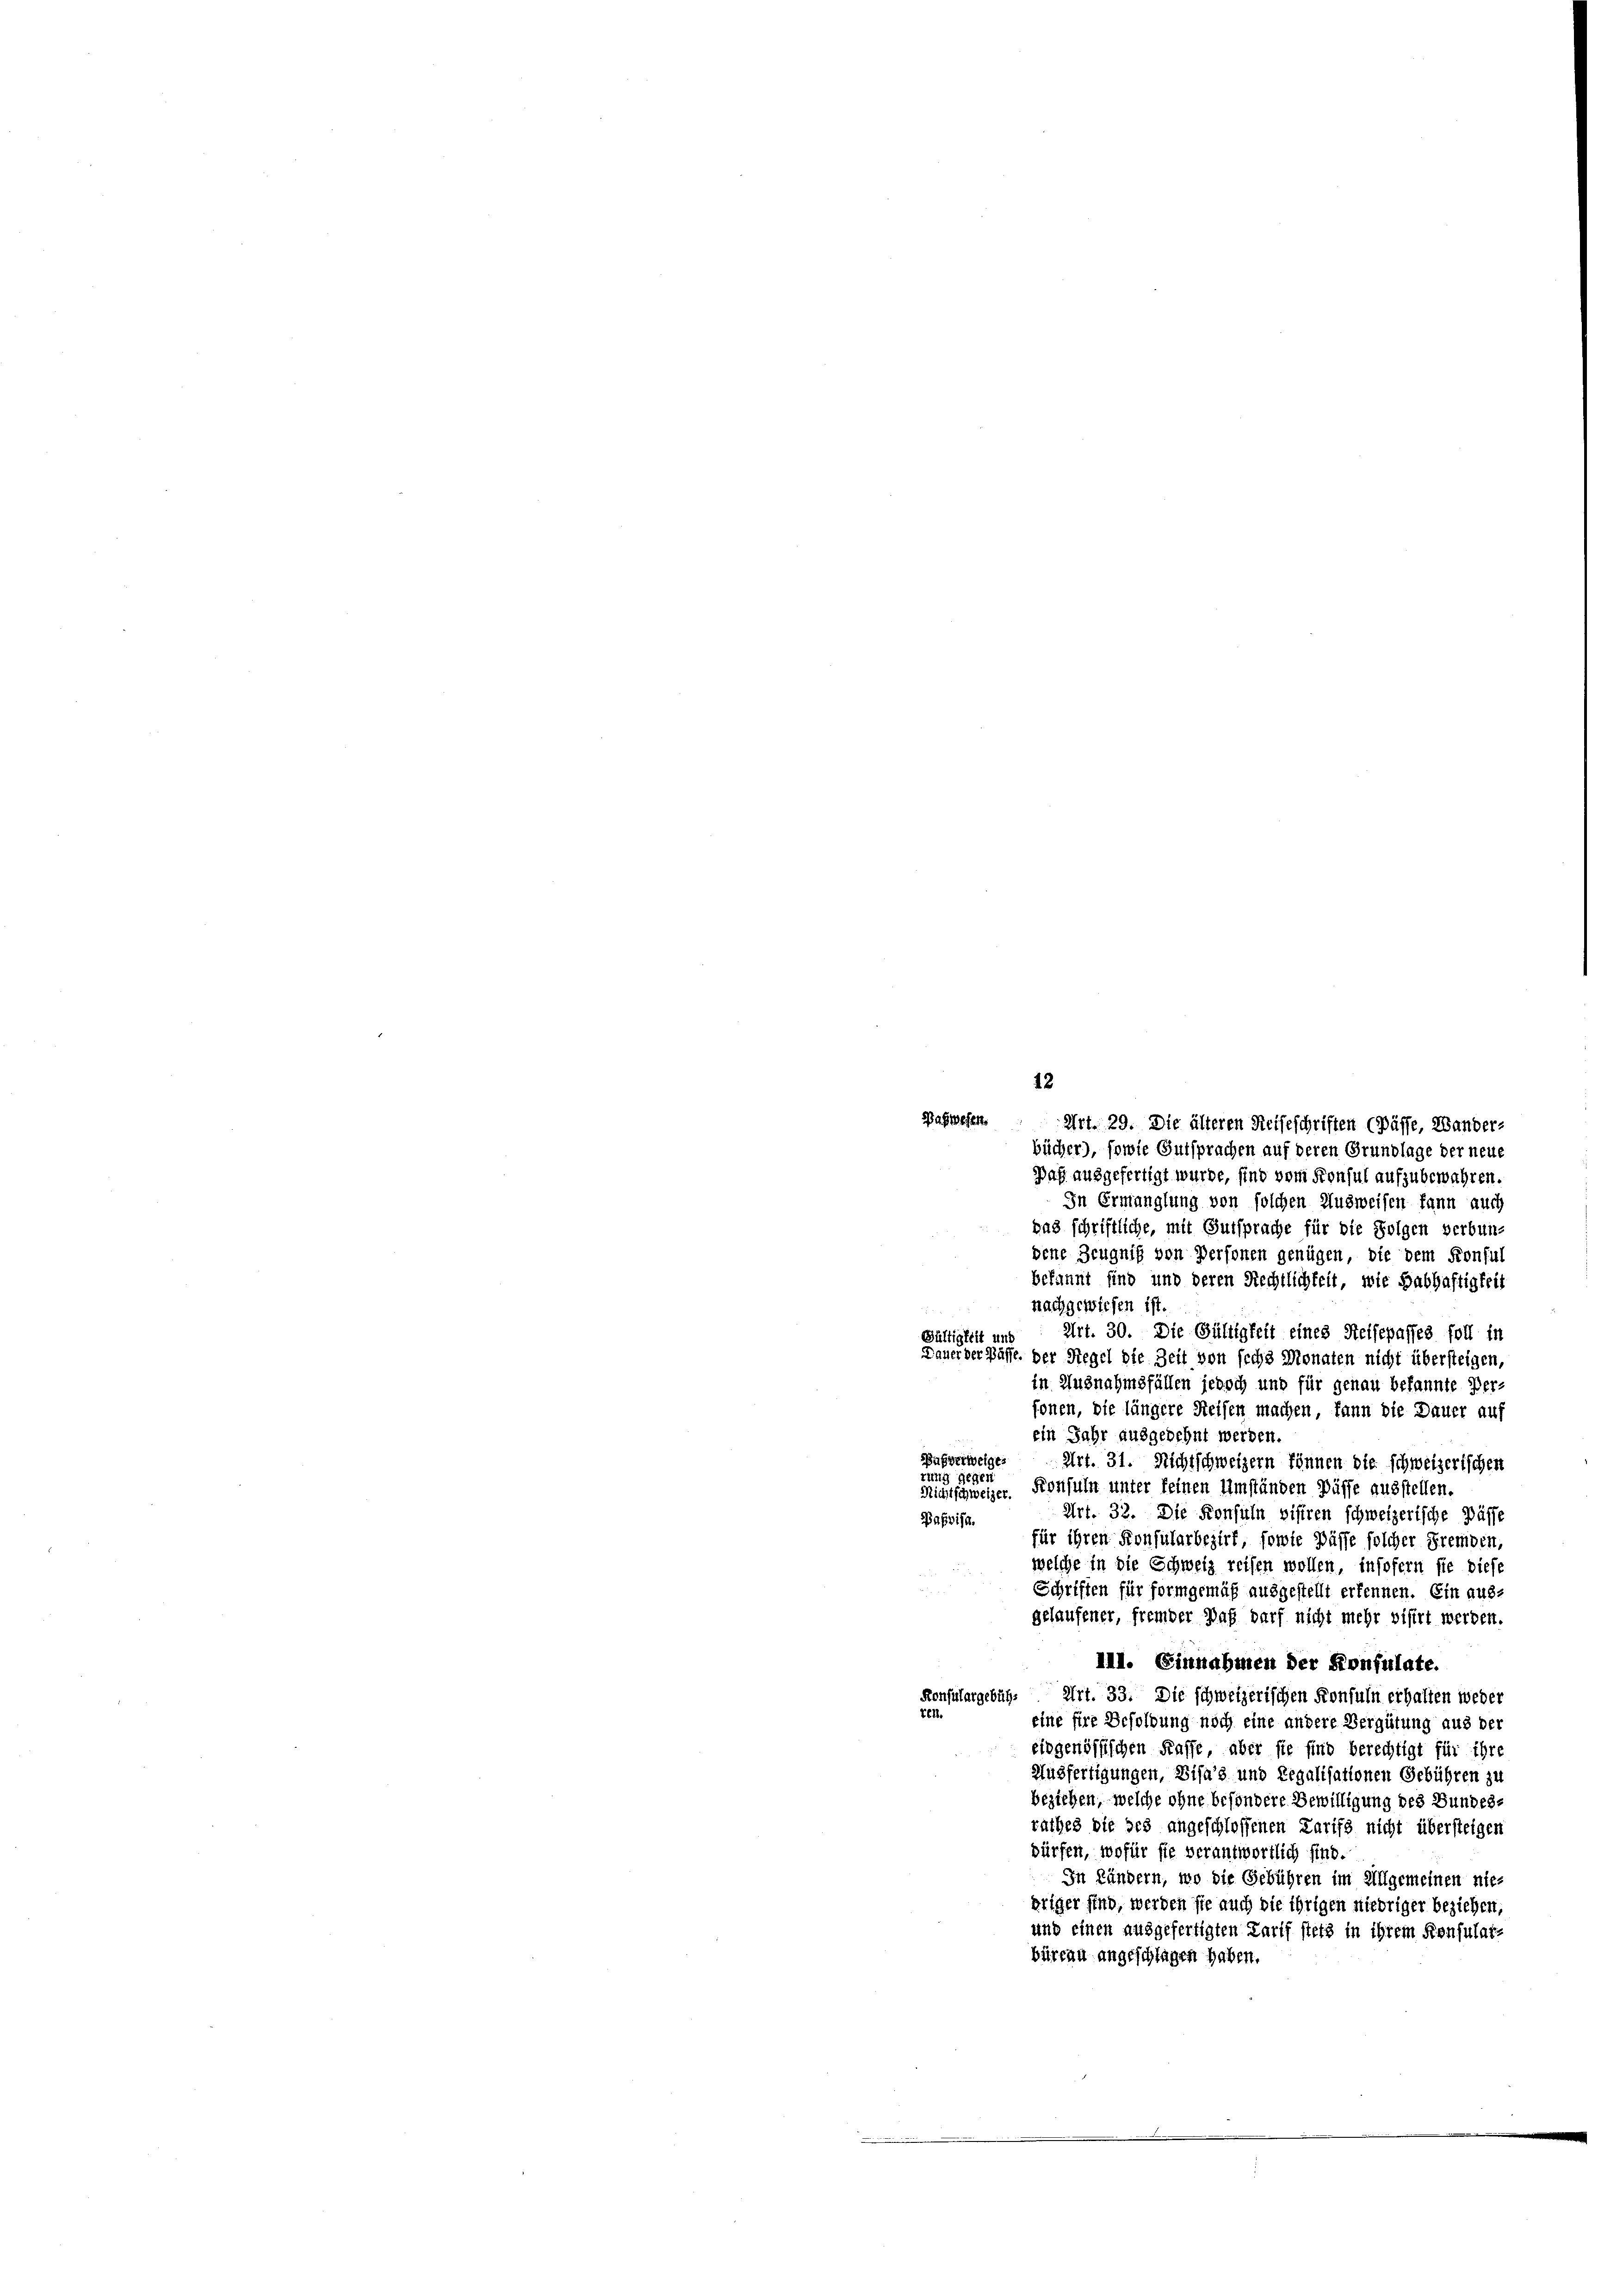
12

paßwesen. Art. 29. Die älteren Reiseschriften (Pässe, Wander-
bücher), sowie Gutsprachen auf deren Grundlage der neue
Daf ausgefertigt wurde, sind vom Konsul aufzubewahren.
In Ermanglung von solchen Ausweisen kann auch
das schriftliche, mit Gutsprache für die Folgen verbundene Zeugniß von Personen genügen, die dem Konful
bekannt sind und deren Rechtlichkeit, wie Habhaftigkeit
nachgewiesen ist.
Art. 30. Die Gültigkeit eines Reisepasses foll in
Gültigkeit und
Dauer der Pässe, der Regel die Zeit von sechs Monaten nicht übersteigen,
in Ausnahmsfällen jedoch und für genau bekannte Perfonen, die längere Reisen machen, kann die Dauer auf
ein Jahr ausgedehnt werden.
Baggerweigen
Art. 31. Nichtschweizern können die schweizerischen
tung gegen
Froufuln unter feinen Umständen Düsse ausstellen.
Richt schweizer
Art. 32. Die Konsuln visiren schweizerische Pässe
Bassifa.
für ihren Konsularbezirk, sowie Pässe solcher Fremden,
welche in die Schweiz reisen wollen, insofern sie diese
Schriften für formgemäß ausgestellt erkennen. Ein aus-
gelaufener, fremder Was darf nicht mehr visirt werden.
III. Einnahmen der Konfulate.
Konsulargebühre Art. 33. Die schweizerischen Konfuln erhalten weder
te.
eine fire Besoldung noch eine andere Vergütung aus der
eidgenössischen Kaffe, aber sie sind berechtigt für ihre
Ausfertigungen, Bisa’s und Regalisationen Gebühren zu
beziehen, welche ohne besondere Bewilligung des Bundesrathes die des angeschlossenen Larifs nicht übersteigen
dürfen, wofür sie verantwortlich sind.
In kündern, wo die Gebühren im Allgemeinen niegriger sind, werden sie auch die ihrigen niedriger beziehen,
und einen ausgefertigten Tarif stets in ihrem Konsular-
büreau angeschlagen haben.